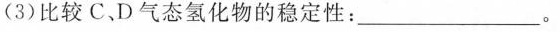
(3)比较C、D气态氢化物的稳定性：__。